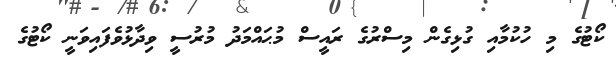
ކޯޓުގެ މި ހުކުމާއި ގުޅިގެން މިސްރުގެ ރައީސް މުޙައްމަދު މުރުސީ ވިދާޅުވެފައިވަނީ ކޯޓުގެ